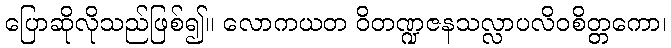
ပြောဆိုလိုသည်ဖြစ်၍။ လောကယတ ဝိတဏ္ဍဇနသလ္လာပလိဝစိတ္တကော၊